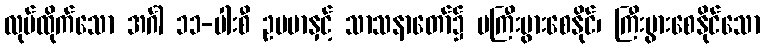
လုပ်ထိုက်သော အင်္ဂါ ၁၁-ပါးစီ ဥပမာနှင့် သာသနာတော်၌ မကြီးပွားစေနိုင်၊ ကြီးပွားစေနိုင်သော